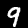
Digit: 9